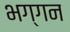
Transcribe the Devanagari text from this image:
भग्गन